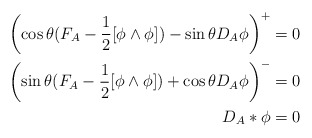
\begin{align*}\begin{aligned}\left(\cos{\theta}(F_A-\frac{1}{2}[\phi\wedge\phi])-\sin{\theta}D_A\phi\right)^+&=0\\\left(\sin{\theta}(F_A-\frac{1}{2}[\phi\wedge\phi])+\cos{\theta}D_A\phi\right)^-&=0\\D_A*\phi&=0\end{aligned}\end{align*}